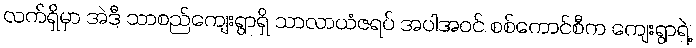
လက်ရှိမှာ အဲဒီ သာစည်ကျေးရွာရှိ သာလာယံဇရပ် အပါအဝင် စစ်ကောင်စီက ကျေးရွာရဲ့